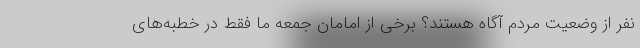
نفر از وضعیت مردم آگاه هستند؟ برخی از امامان جمعه ما فقط در خطبه‌های